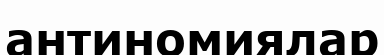
антиномиялар